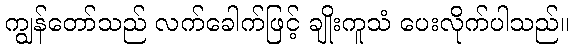
ကျွန်တော်သည် လက်ခေါက်ဖြင့် ချိုးကူသံ ပေးလိုက်ပါသည်။